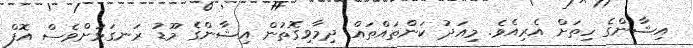
އިޝާންގެ ހިތަށް އެރިއެވެ. މިއަދު ކަންތައްތައް ދިމާވިގޮތުން އިޝާންގެ މޫޑު ރަނގަޅަށްވެސް އޮފް